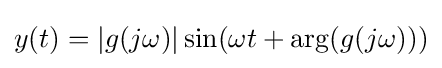
y(t)=|g(j\omega )|\sin(\omega t+\arg(g(j\omega )))